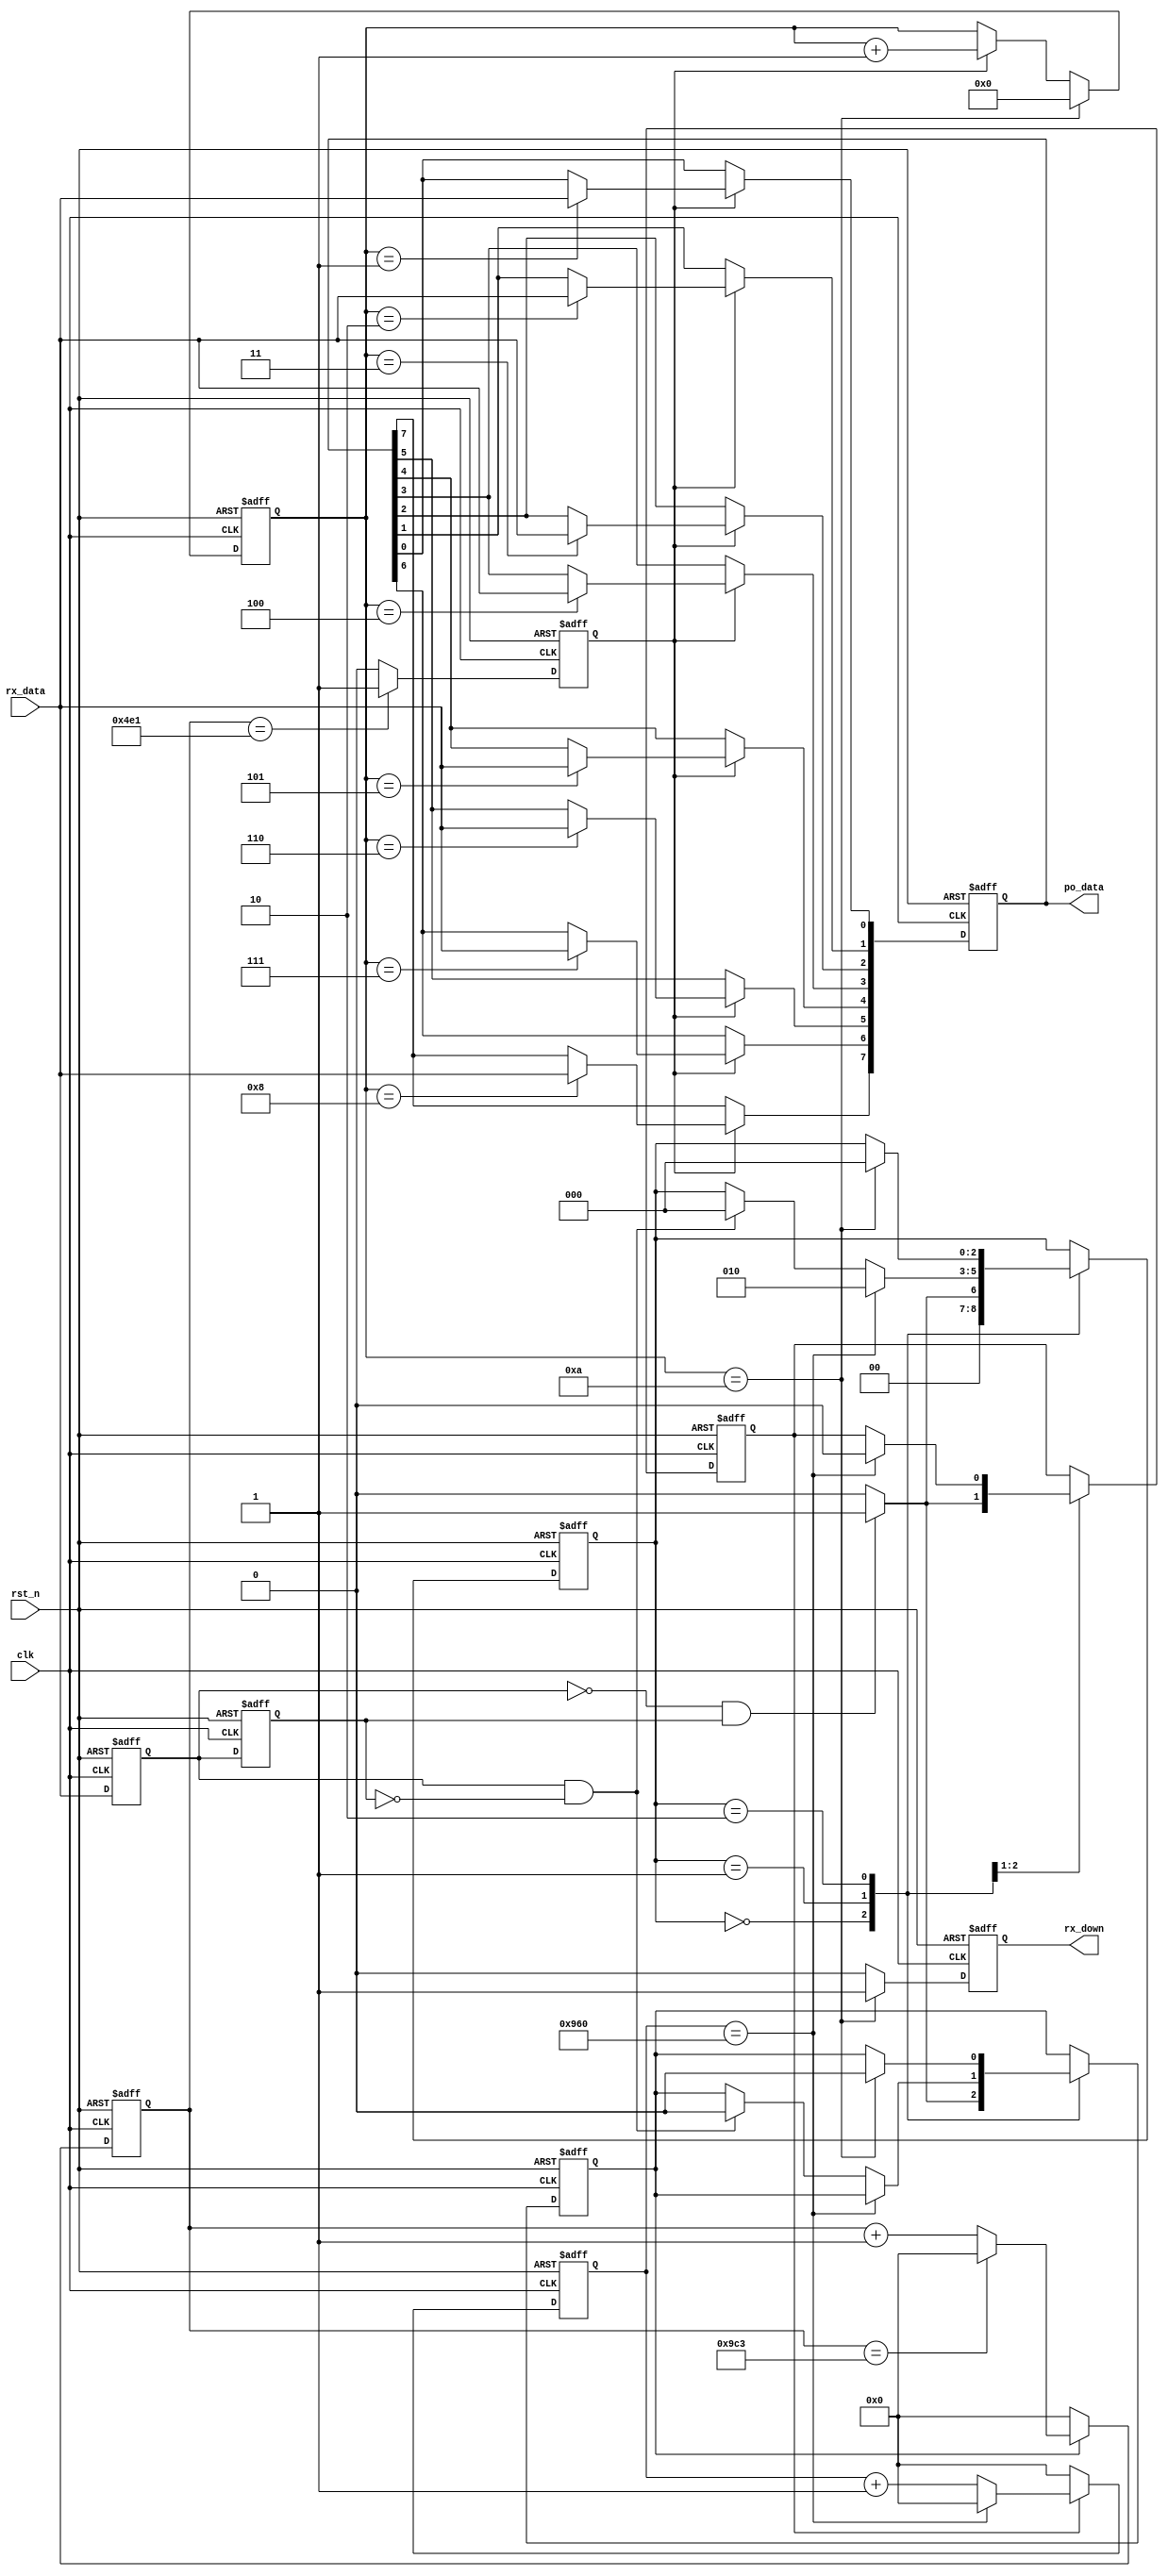
module uart_rx_ly(clk,
	rst_n,
	rx_data,
	po_data,
	rx_down
    );
      input clk;
	  input rst_n;
	  input rx_data; //
	  output reg [7:0]po_data;
	  output reg rx_down;
reg temp1,temp2;
wire nege;
wire pose;
reg rx_en;  //
reg clk_rx; //
reg [3:0]bit_cnt; //
reg [12:0] cnt;   
reg [12:0] count;   
reg en_count;   
reg [2:0]state;

always @(posedge clk or negedge rst_n)
begin
    if(!rst_n)
	 begin
	     temp1 <= 0;
		  temp2 <= 0;
	 end
	 else
	 begin
	     temp1 <= rx_data;
		  temp2 <= temp1;
	 end
end
assign nege = (~temp1) & temp2;
assign pose =  temp1 &(~temp2);

always @(posedge clk or negedge rst_n)
begin
    if(!rst_n)
	 begin
	     rx_en <= 0;
		  en_count <= 0;
		  state <= 0;
	 end
	 else 
	     case(state)
		  0:begin 
             if(nege)
				 begin
				     state <= 1;
					  rx_en <= 1;
					  en_count <= 1;
				 end
				 else
				 begin
				     en_count <= 0;
					  state <= 0;
					  rx_en <= 0;
         	 end	
          end 				 
		  1:begin
		       if(count == 2400)
				 begin
				     state <= 2;
					  en_count <= 0;
				 end
				 else if(pose)
				 begin
                 rx_en <= 0;
                 state <= 0;
             end					  
		    end
		   2:begin
			      if(bit_cnt == 10 )
					begin
					    rx_en <= 0;
						 state <= 0;
					end
					else
					rx_en <= rx_en;
			  end
			  endcase
end


always @(posedge clk or negedge rst_n)
begin
    if(!rst_n)
	 begin
	     count <= 0;
	 end
	 else if(en_count)
	     if(count == 2400)
		  count <= 0;
		  else 
		  count <= count + 1'b1;
	 else count <= 0;	   
end


always @(posedge clk or negedge rst_n)
begin
    if(!rst_n)
	     cnt <= 0;
	 else if (rx_en)
	     if(cnt == 2499)
	         cnt <= 0;
	     else
	         cnt <= cnt + 1'b1;
	 else 
	     cnt <= 0;
end

always @(posedge clk or negedge rst_n)
begin
    if(!rst_n)
	 begin
	     clk_rx <= 0;
	 end
	 else if(cnt == 1249)
	     clk_rx <= 1;
	 else 
	     clk_rx <= 0;
end


always @(posedge clk or negedge rst_n)
begin
    if(!rst_n)
	 begin
	     bit_cnt <= 0;
		  rx_down <= 0;
		  end
	 else if(bit_cnt == 10)
	 begin
	     bit_cnt <= 0;
		  rx_down <= 1;
		  end
	 else if(clk_rx)
	 begin
	     bit_cnt <= bit_cnt + 1'b1;
		  rx_down <= 0;
		  end
	 else 
	 begin
	     bit_cnt <= bit_cnt;
		  rx_down <= 0;
		  end
end

always @(posedge clk or negedge rst_n)
begin
    if(!rst_n)
	 po_data <= 0;
	 else if(clk_rx)
	 case(bit_cnt)
	 'd0: ;
	 'd1: po_data[0] <= rx_data;
	 'd2: po_data[1] <= rx_data;
	 'd3: po_data[2] <= rx_data;
	 'd4: po_data[3] <= rx_data;
	 'd5: po_data[4] <= rx_data;
	 'd6: po_data[5] <= rx_data;
	 'd7: po_data[6] <= rx_data;
	 'd8: po_data[7] <= rx_data;
	 'd9: po_data <= po_data;
	 default:;
	 endcase
end

endmodule